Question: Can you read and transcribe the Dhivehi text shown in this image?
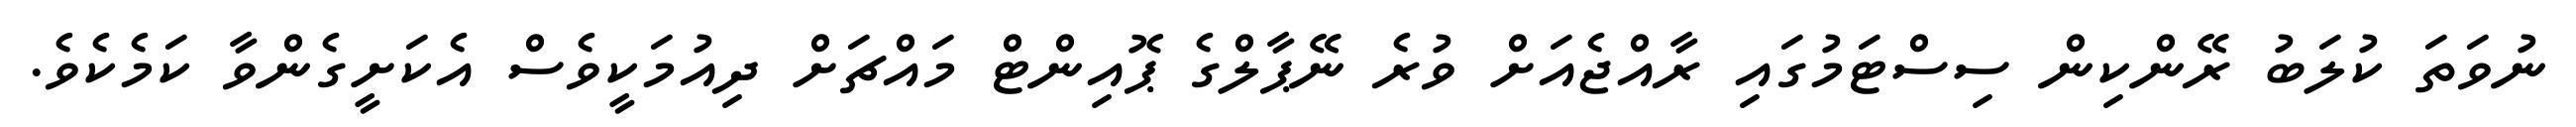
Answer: ނުވަތަ ކުލަބު ރޭންކިން ސިސްޓަމުގައި ރާއްޖެއަށް ވުރެ ނޭޕާލްގެ ޕޮއިންޓް މައްޗަށް ދިއުމަކީވެސް އެކަށީގެންވާ ކަމެކެވެ.